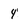
Character: 4